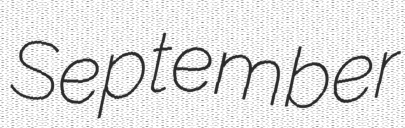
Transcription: September